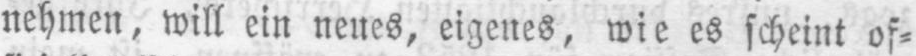
nehmen, will ein neues, eigenes, wie es scheint of⸗